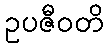
ဥပဇီဝတိ